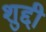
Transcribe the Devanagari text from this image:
शुद्दी